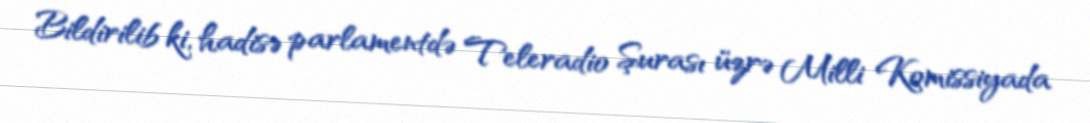
Bildirilib ki, hadisə parlamentdə Teleradio Şurası üzrə Milli Komissiyada